Annual report of lunatic asylums [Bombay] - 1912-1922
Year: 1912
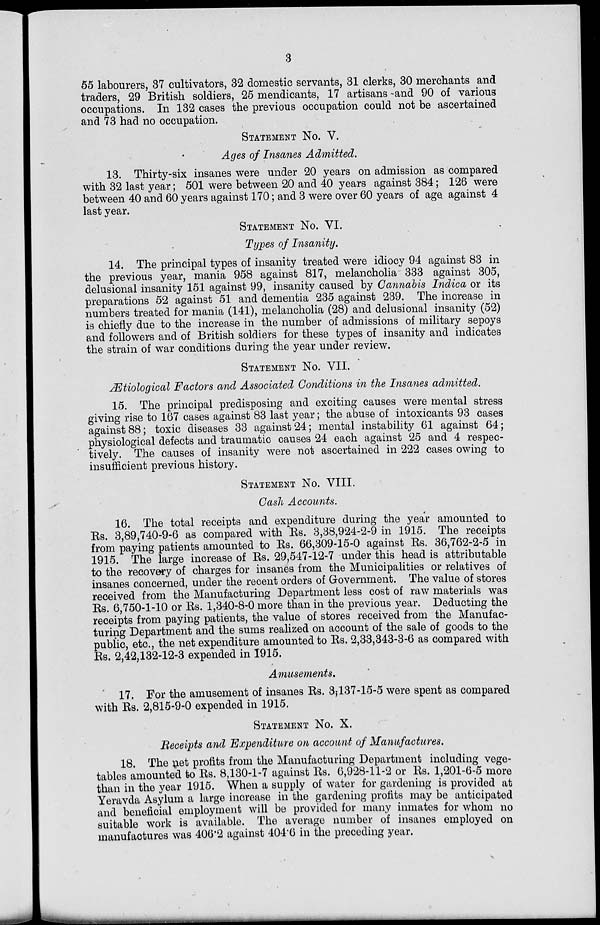
3
55 labourers, 37 cultivators, 32 domestic servants, 31 clerks, 30 merchants and
traders, 29 British soldiers, 25 mendicants, 17 artisans and 90 of various
occupations. In 132 cases the previous occupation could not be ascertained
and 73 had no occupation.
STATEMENT No. V.
Ages of Insanes Admitted.
13. Thirty-six insanes were under 20 years on admission as compared
with 32 last year; 501 were between 20 and 40 years against 384; 126 were
between 40 and 60 years against 170; and 3 were over 60 years of age against 4
last year.
STATEMENT No. VI.
Types of Insanity.
14. The principal types of insanity treated were idiocy 94 against 83 in
the previous year, mania 958 against 817, melancholia 333 against 305,
delusional insanity 151 against 99, insanity caused by Cannabis Indica or its
preparations 52 against 51 and dementia 235 against 239. The increase in
numbers treated for mania (141), melancholia (28) and delusional insanity (52)
is chiefly due to the increase in the number of admissions of military sepoys
and followers and of British soldiers for these types of insanity and indicates
the strain of war conditions during the year under review.
STATEMENT No. VII.
Ætiological Factors and Associated Conditions in the Insanes admitted.
15. The principal predisposing and exciting causes were mental stress
giving rise to 167 cases against 83 last year; the abuse of intoxicants 93 cases
against 88; toxic diseases 33 against 24; mental instability 61 against 64;
physiological defects and traumatic causes 24 each against 25 and 4 respec-
tively. The causes of insanity were not ascertained in 222 cases owing to
insufficient previous history.
STATEMENT No. VIII.
Cash Accounts.
16. The total receipts and expenditure during the year amounted to
Rs. 3,89,740-9-6 as compared with Rs. 3,38,924-2-9 in 1915. The receipts
from paying patients amounted to Rs. 66,309-15-0 against Rs. 36,762-2-5 in
1915. The large increase of Rs. 29,547-12-7 under this head is attributable
to the recovery of charges for insanes from the Municipalities or relatives of
insanes concerned, under the recent orders of Government. The value of stores
received from the Manufacturing Department less cost of raw materials was
Rs. 6,750-1-10 or Rs. 1,340-8-0 more than in the previous year. Deducting the
receipts from paying patients, the value of stores received from the Manufac-
turing Department and the sums realized on account of the sale of goods to the
public, etc., the net expenditure amounted to Rs. 2,33,343-3-6 as compared with
Rs. 2,42,132-12-3 expended in 1915.
Amusements.
17. For the amusement of insanes Rs. 3,137-15-5 were spent as compared
with Rs. 2,815-9-0 expended in 1915.
STATEMENT NO. X.
Receipts and Expenditure on account of Manufactures.
18. The net profits from the Manufacturing Department including vege-
tables amounted to Rs. 8,130-1-7 against Rs. 6,928-11-2 or Rs. 1,201-6-5 more
than in the year 1915. When a supply of water for gardening is provided at
Yeravda Asylum a large increase in the gardening profits may be anticipated
and beneficial employment will be provided for many inmates for whom no
suitable work is available. The average number of insanes employed on
manufactures was 406.2 against 404.6 in the preceding year.